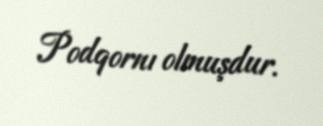
Podqornı olmuşdur.